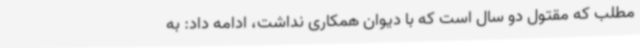
مطلب که مقتول دو سال است که با دیوان همکاری نداشت، ادامه داد: به